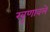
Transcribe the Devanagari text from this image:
खुणावले